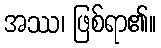
အဿ၊ ဖြစ်ရာ၏။